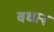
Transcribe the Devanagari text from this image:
वधान